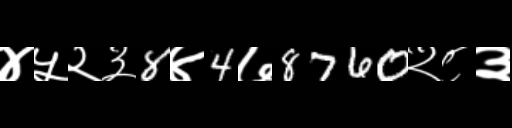
Text: ४५२३8४4७8760२८३